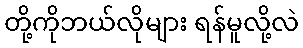
တို့ကိုဘယ်လိုများ ရန်မူလို့လဲ